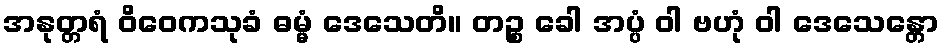
အနုတ္တရံ ဝိဝေကသုခံ ဓမ္မံ ဒေသေတိ။ တဉ္စ ခေါ အပ္ပံ ဝါ ဗဟုံ ဝါ ဒေသေန္တော